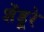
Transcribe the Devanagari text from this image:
शेंडूरे